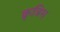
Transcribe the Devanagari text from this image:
क्रृत्रिम